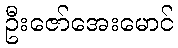
ဦးဇော်အေးမောင်